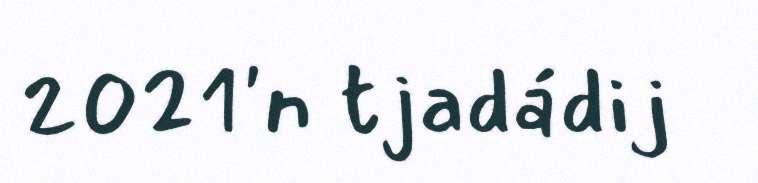
2021'n tjadádij